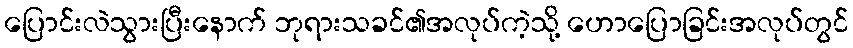
ပြောင်းလဲသွားပြီးနောက် ဘုရားသခင်၏အလုပ်ကဲ့သို့ ဟောပြောခြင်းအလုပ်တွင်